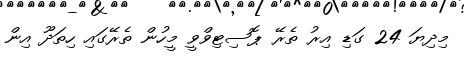
މިދިޔަ 24 ގަޑި އިރު ތެރޭ ޕޮސިޓިވްވީ މީހުން ތެރޭގައި ހިތަދޫ އިން